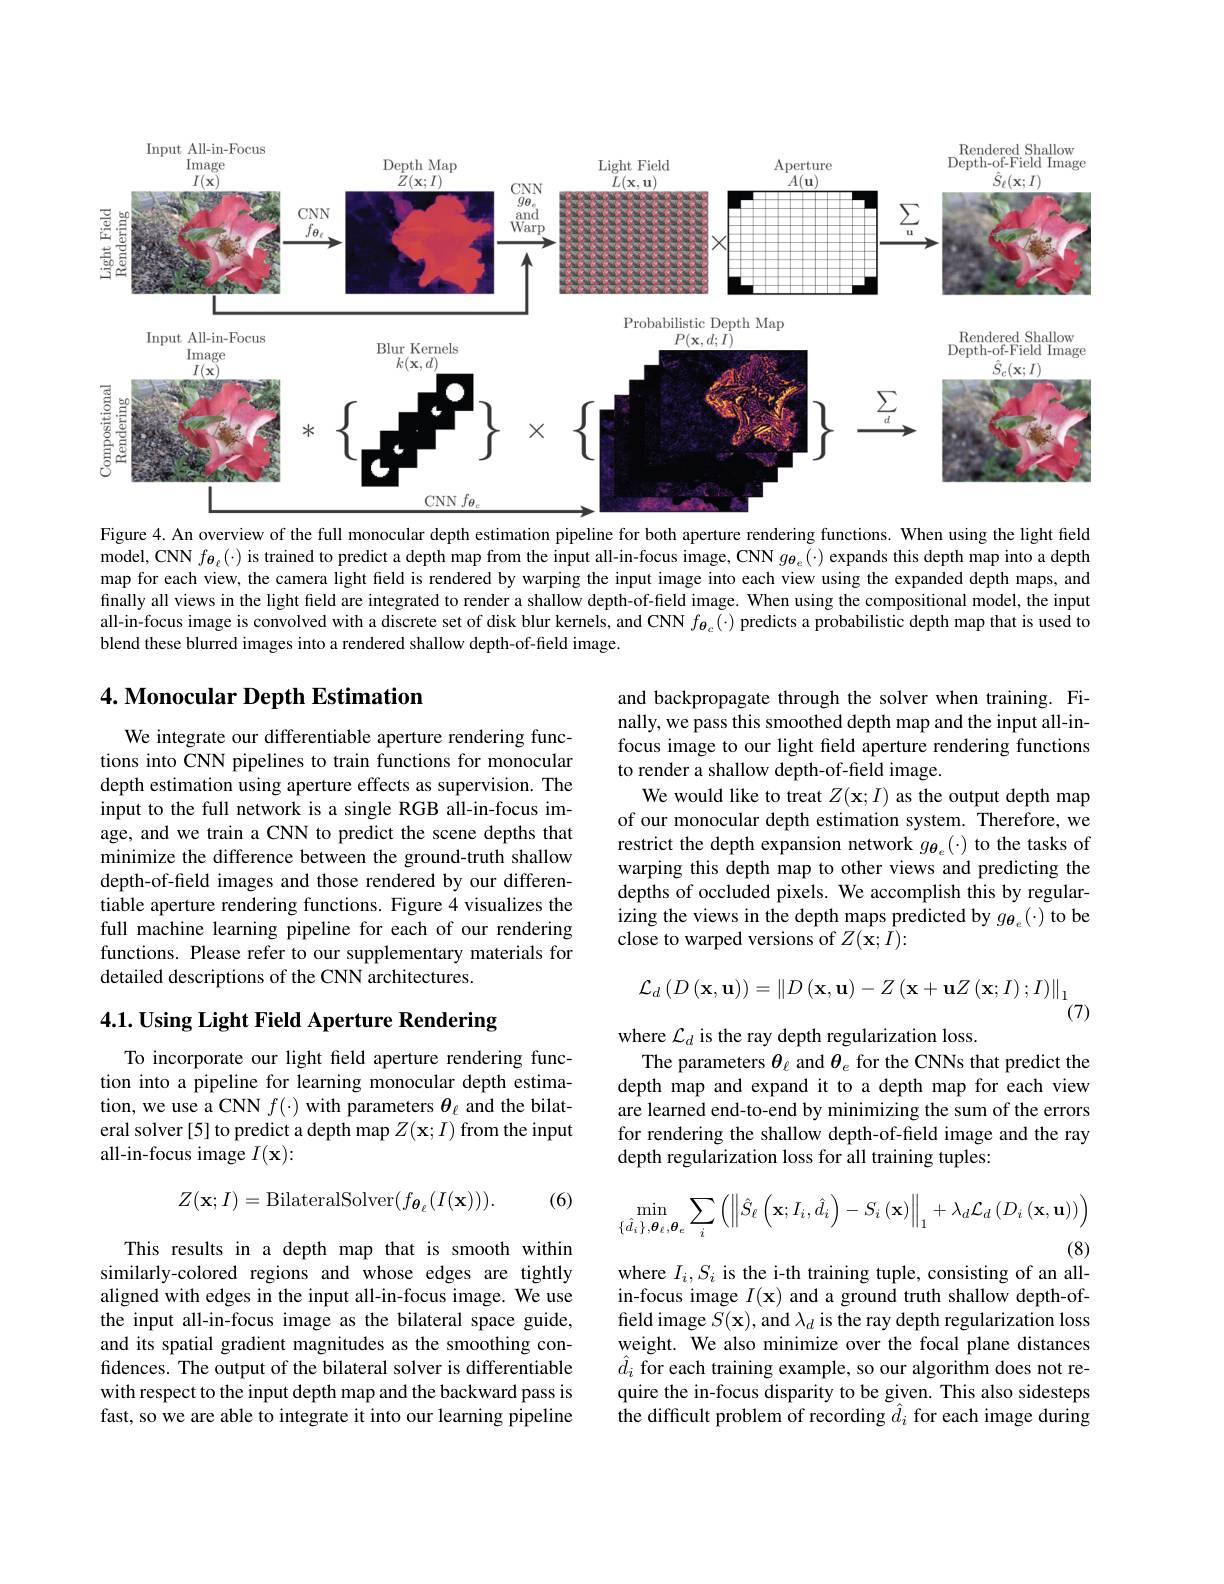
<FigureHere>
Figure 4. An overview of the full monocular depth estimation pipeline for both aperture rendering functions. When using the light field

$\bar{\text{model, CNN }f_{\boldsymbol{\theta}_{\ell}}(\cdot)\text{ is trained to predict a depth map from the input all-in-focus image, CNN }g_{\boldsymbol{\theta}_{e}}(\cdot)\text{ expands this depth map into a depth}}$ map for each view, the camera light field is rendered by warping the input image into each view using the expanded depth maps, and finally all views in the light field are integrated to render a shallow depth-of-field image. When using the compositional model, the input all-in-focus image is convolved with a discrete set of disk blur kernels, and CNN $f_{\boldsymbol{\theta}_{c}}(\cdot)$ predicts a probabilistic depth map that is used to blend these blurred images into a rendered shallow depth-of-field image.

## 4. Monocular Depth Estimation

and backpropagate through the solver when training. Finally, we pass this smoothed depth map and the input all-infocus image to our light field aperture rendering functions to render a shallow depth-of-field image.
We would like to treat $Z(\mathbf{x};I)$ as the output depth map of our monocular depth estimation system. Therefore, we restrict the depth expansion network $g_{\boldsymbol{\theta}_e}(\cdot)$ to the tasks of warping this depth map to other views and predicting the depths of occluded pixels. We accomplish this by regularizing the views in the depth maps predicted by $g_{\theta_e}(\cdot)$ to be close to warped versions of $Z(\mathbf{x};I):$

We integrate our differentiable aperture rendering functions into CNN pipelines to train functions for monocular depth estimation using aperture effects as supervision. The input to the full network is a single RGB all-in-focus image, and we train a CNN to predict the scene depths that minimize the difference between the ground-truth shallow depth-of-field images and those rendered by our differentiable aperture rendering functions. Figure 4 visualizes the full machine learning pipeline for each of our rendering functions. Please refer to our supplementary materials for detailed descriptions of the CNN architectures.
$$\mathcal{L}_{d}\left(D\left(\mathbf{x},\mathbf{u}\right)\right)=\left\|D\left(\mathbf{x},\mathbf{u}\right)-Z\left(\mathbf{x}+\mathbf{u}Z\left(\mathbf{x};I\right);I\right)\right\|_{1}$$
(7)

# 4.1. Using Light Field Aperture Rendering

where $\mathcal{L}_d$ is the ray depth regularization loss.
The parameters $\theta_\ell$ and $\theta_e$ for the CNNs that predict the depth map and expand it to a depth map for each view are learned end-to-end by minimizing the sum of the errors for rendering the shallow depth-of-field image and the ray depth regularization loss for all training tuples:

To incorporate our light field aperture rendering function into a pipeline for learning monocular depth estimation, we use a CNN $f(\cdot)$ with parameters $\theta_\ell$ and the bilateral solver[5] to predict a depth map $Z(\mathbf{x};I)$ from the input all-in-focus image $I(\mathbf{x}):$
$$Z(\mathbf{x};I)=\mathrm{BilateralSolver}(f_{\boldsymbol{\theta}_{\ell}}(I(\mathbf{x}))).$$
(6)
$$\min_{\{\hat{d}_{i}\},\boldsymbol{\theta}_{\ell},\boldsymbol{\theta}_{e}}\sum_{i}\left(\left\|\hat{S}_{\ell}\left(\mathbf{x};I_{i},\hat{d}_{i}\right)-S_{i}\left(\mathbf{x}\right)\right\|_{1}+\lambda_{d}\mathcal{L}_{d}\left(D_{i}\left(\mathbf{x},\mathbf{u}\right)\right)\right)$$
(8)

This results in a depth map that is smooth within similarly-colored regions and whose edges are tightly aligned with edges in the input all-in-focus image. We use the input all-in-focus image as the bilateral space guide, and its spatial gradient magnitudes as the smoothing confidences. The output of the bilateral solver is differentiable with respect to the input depth map and the backward pass is fast, so we are able to integrate it into our learning pipeline

where $I_i,S_i$ is the i-th training tuple, consisting of an allin-focus image $I(\mathbf{x})$ and a ground truth shallow depth-offield image $S(\mathbf{x})$, and $\lambda_d$ is the ray depth regularization loss weight. We also minimize over the focal plane distances $\hat{d}_{i}$ for each training example, so our algorithm does not require the in-focus disparity to be given. This also sidesteps $\hat{\text{the difficult problem of recording }}\hat{d}_i$ for each image during